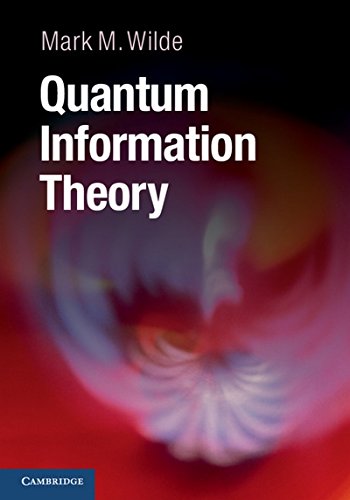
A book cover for Quantum Information Theory; Mark M. Wilde; Computers & Technology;